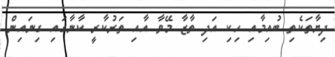
ދިޔާތަކެތި ބުއިމާއި ހިކި އަދި ތާޒާ މޭވާ އާއި ތަރުކާރީ ކާނާގައި ގިނައިން